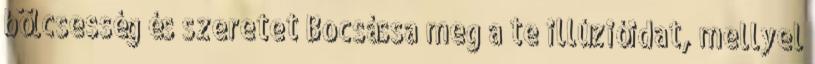
bölcsesség és szeretet Bocsássa meg a te illúzióidat, mellyel